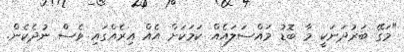
"މަގޭ ބަރުދަނަކީ މާ ބޮޑު މައްސަލައެއް ކަމަކަށް އެއް އިރެއްގައި ވެސް ނުދެކެން.